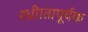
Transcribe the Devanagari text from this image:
श्ध्रीातापूर्वक